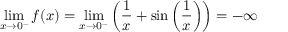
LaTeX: \operatorname* { l i m } _ { x \to 0 ^ { - } } f ( x ) = \operatorname* { l i m } _ { x \to 0 ^ { - } } \left( { \frac { 1 } { x } } + \sin \left( { \frac { 1 } { x } } \right) \right) = - \infty